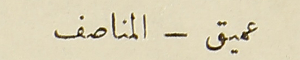
عميق - المناصف